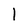
Character: 1